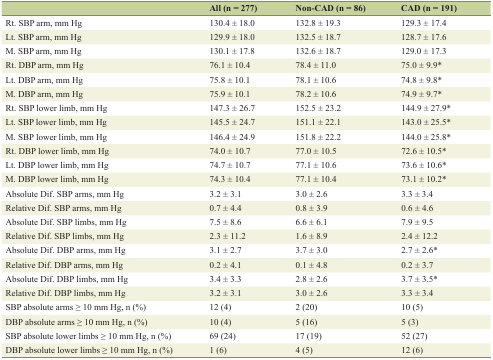
<table><thead><tr><td></td><td><b>All (n = 277)</b></td><td><b>Non-CAD (n = 86)</b></td><td><b>CAD (n = 191)</b></td></tr></thead><tbody><tr><td>Rt. SBP arm, mm Hg</td><td>130.4 ± 18.0</td><td>132.8 ± 19.3</td><td>129.3 ± 17.4</td></tr><tr><td>Lt. SBP arm, mm Hg</td><td>129.9 ± 18.0</td><td>132.5 ± 18.7</td><td>128.7 ± 17.6</td></tr><tr><td>M. SBP arm, mm Hg</td><td>130.1 ± 17.8</td><td>132.6 ± 18.7</td><td>129.0 ± 17.3</td></tr><tr><td>Rt. DBP arm, mm Hg</td><td>76.1 ± 10.4</td><td>78.4 ± 11.0</td><td>75.0 ± 9.9*</td></tr><tr><td>Lt. DBP arm, mm Hg</td><td>75.8 ± 10.1</td><td>78.1 ± 10.6</td><td>74.8 ± 9.8*</td></tr><tr><td>M. DBP arm, mm Hg</td><td>75.9 ± 10.1</td><td>78.2 ± 10.6</td><td>74.9 ± 9.7*</td></tr><tr><td>Rt. SBP lower limb, mm Hg</td><td>147.3 ± 26.7</td><td>152.5 ± 23.2</td><td>144.9 ± 27.9*</td></tr><tr><td>Lt. SBP lower limb, mm Hg</td><td>145.5 ± 24.7</td><td>151.1 ± 22.1</td><td>143.0 ± 25.5*</td></tr><tr><td>M. SBP lower limb, mm Hg</td><td>146.4 ± 24.9</td><td>151.8 ± 22.2</td><td>144.0 ± 25.8*</td></tr><tr><td>Rt. DBP lower limb, mm Hg</td><td>74.0 ± 10.7</td><td>77.0 ± 10.5</td><td>72.6 ± 10.5*</td></tr><tr><td>Lt. DBP lower limb, mm Hg</td><td>74.7 ± 10.7</td><td>77.1 ± 10.6</td><td>73.6 ± 10.6*</td></tr><tr><td>M. DBP lower limb, mm Hg</td><td>74.3 ± 10.4</td><td>77.1 ± 10.4</td><td>73.1 ± 10.2*</td></tr><tr><td>Absolute Dif. SBP arms, mm Hg</td><td>3.2 ± 3.1</td><td>3.0 ± 2.6</td><td>3.3 ± 3.4</td></tr><tr><td>Relative Dif. SBP arms, mm Hg</td><td>0.7 ± 4.4</td><td>0.8 ± 3.9</td><td>0.6 ± 4.6</td></tr><tr><td>Absolute Dif. SBP limbs, mm Hg</td><td>7.5 ± 8.6</td><td>6.6 ± 6.1</td><td>7.9 ± 9.5</td></tr><tr><td>Relative Dif. SBP limbs, mm Hg</td><td>2.3 ± 11.2</td><td>1.6 ± 8.9</td><td>2.4 ± 12.2</td></tr><tr><td>Absolute Dif. DBP arms, mm Hg</td><td>3.1 ± 2.7</td><td>3.7 ± 3.0</td><td>2.7 ± 2.6*</td></tr><tr><td>Relative Dif. DBP arms, mm Hg</td><td>0.2 ± 4.1</td><td>0.1 ± 4.8</td><td>0.2 ± 3.7</td></tr><tr><td>Absolute Dif. DBP limbs, mm Hg</td><td>3.4 ± 3.3</td><td>2.8 ± 2.6</td><td>3.7 ± 3.5*</td></tr><tr><td>Relative Dif. DBP limbs, mm Hg</td><td>3.2 ± 3.1</td><td>3.0 ± 2.6</td><td>3.3 ± 3.4</td></tr><tr><td>SBP absolute arms ≥ 10 mm Hg, n (%)</td><td>12 (4)</td><td>2 (20)</td><td>10 (5)</td></tr><tr><td>DBP absolute arms ≥ 10 mm Hg, n (%)</td><td>10 (4)</td><td>5 (16)</td><td>5 (3)</td></tr><tr><td>SBP absolute lower limbs ≥ 10 mm Hg, n (%)</td><td>69 (24)</td><td>17 (19)</td><td>52 (27)</td></tr><tr><td>DBP absolute lower limbs ≥ 10 mm Hg, n (%)</td><td>1 (6)</td><td>4 (5)</td><td>12 (6)</td></tr></tbody></table>